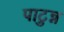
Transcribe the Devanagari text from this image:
पाटुन्न